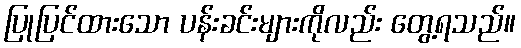
ပြုပြင်ထားသော ပန်းခင်းများကိုလည်း တွေ့ရသည်။